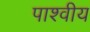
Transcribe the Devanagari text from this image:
पाश्वीय